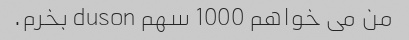
من می خواهم 1000 سهم duson بخرم.